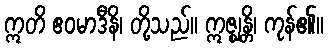
ဣတိ ဧဝမာဒီနိ၊ တို့သည်။ ဣဇ္ဈန္တိ၊ ကုန်၏။